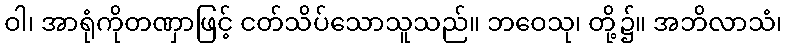
ဝါ၊ အာရုံကိုတဏှာဖြင့် ငတ်သိပ်သောသူသည်။ ဘဝေသု၊ တို့၌။ အဘိလာသံ၊